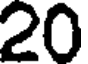
20